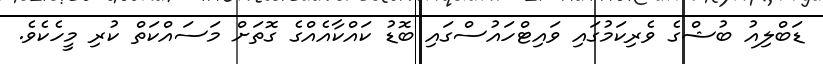
ޑަބްލިއު ބުޝްގެ ވެރިކަމުގައި ވައިޓްހައުސްގައި ބޮޑު ކައްކާއެއްގެ ގޮތަށް މަސައްކަތް ކުރި މީހެކެވެ.